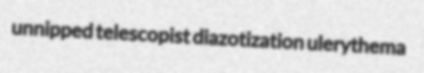
unnipped telescopist diazotization ulerythema